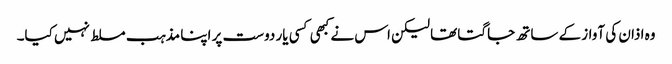
وہ اذان کی آواز کے ساتھ جاگتا تھا لیکن اس نے کبھی کسی یار دوست پر اپنا مذہب مسلط نہیں کیا۔